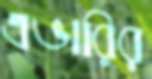
এভারির